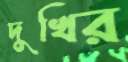
দুখির